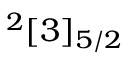
^ 2 [ 3 ] _ { 5 / 2 }